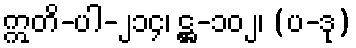
ဣတိ-ပါ-၂၁၄၊ ဋ္ဌ-၁၀၂၊ (ပ-ဒု)